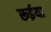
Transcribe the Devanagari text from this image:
रूईया